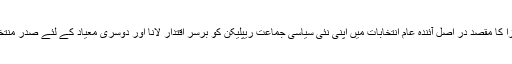
اسکندر مرزا کا مقصد در اصل آئندہ عام انتخابات میں اپنی نئی سیاسی جماعت ریپلیکن کو برسر اقتدار لانا اور دوسری معیاد کے لئے صدر منتخب ہونا تھا۔